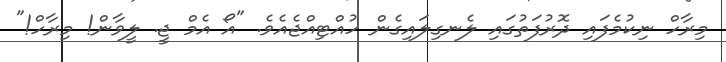
މިރާހް ނިކުމެފައި ދޮރުފަތުގައި ލެނގިލައިގެން ހުއްޓިއްޖެއެވެ. "އޯ އެމް ޖީ. ލީވާން! މިރާހް!"